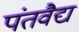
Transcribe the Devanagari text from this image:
पंतवैद्य